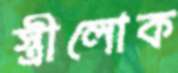
স্ত্রীলোক